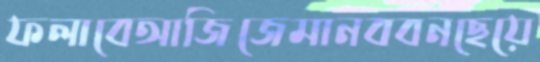
ফলাবেআজিজেমানববনছেয়ে